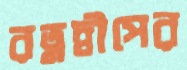
রত্নদ্বীপের